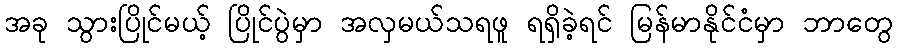
အခု သွားပြိုင်မယ့် ပြိုင်ပွဲမှာ အလှမယ်သရဖူ ရရှိခဲ့ရင် မြန်မာနိုင်ငံမှာ ဘာတွေ